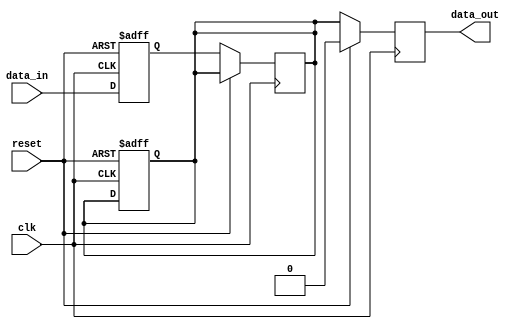
module two_flop_synchronizer (
    input wire clk,
    input wire reset,
    input wire data_in,
    output reg data_out
);

reg flop1_out, flop2_out;

always @(posedge clk or posedge reset)
begin
    if (reset)
    begin
        flop1_out <= 1'b0;
        flop2_out <= 1'b0;
    end
    else
    begin
        flop1_out <= data_in;
    end
end

always @(negedge clk)
begin
    if (reset)
    begin
        data_out <= 1'b0;
    end
    else
    begin
        flop2_out <= flop1_out;
        data_out <= flop2_out;
    end
end

endmodule